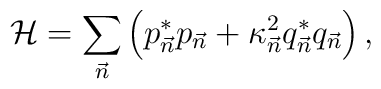
{\cal H} = \sum_{\vec n}\left( p^*_{\vec n}  p_{\vec n} + \kappa^2_{\vec n}q^*_{\vec n}  q_{\vec n} \right),